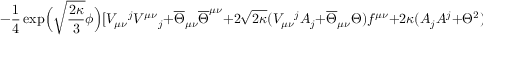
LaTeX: - \frac { 1 } { 4 } \exp \! \Big ( \sqrt { \frac { 2 \kappa } { 3 } } \phi \Big ) [ V _ { \mu \nu } { } ^ { j } V ^ { \mu \nu } { } _ { j } + \overline { { { \Theta } } } _ { \mu \nu } \overline { { { \Theta } } } ^ { \mu \nu } + 2 \sqrt { 2 \kappa } ( V _ { \mu \nu } { } ^ { j } A _ { j } + \overline { { { \Theta } } } _ { \mu \nu } \Theta ) f ^ { \mu \nu } + 2 \kappa ( A _ { j } A ^ { j } + \Theta ^ { 2 } ) f _ { \mu \nu } f ^ { \mu \nu } ]